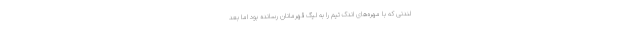
لندنی که با مهره‌های اندک تیم را به لیگ قهرمانان رسانده بود اما بعد